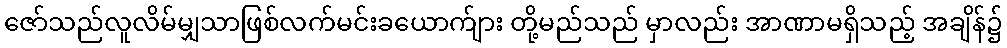
ဇော်သည်လူလိမ်မျှသာဖြစ်လက်မင်းခယောက်ျား တို့မည်သည် မှာလည်း အာဏာမရှိသည့် အချိန်၌